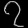
Digit: ၇